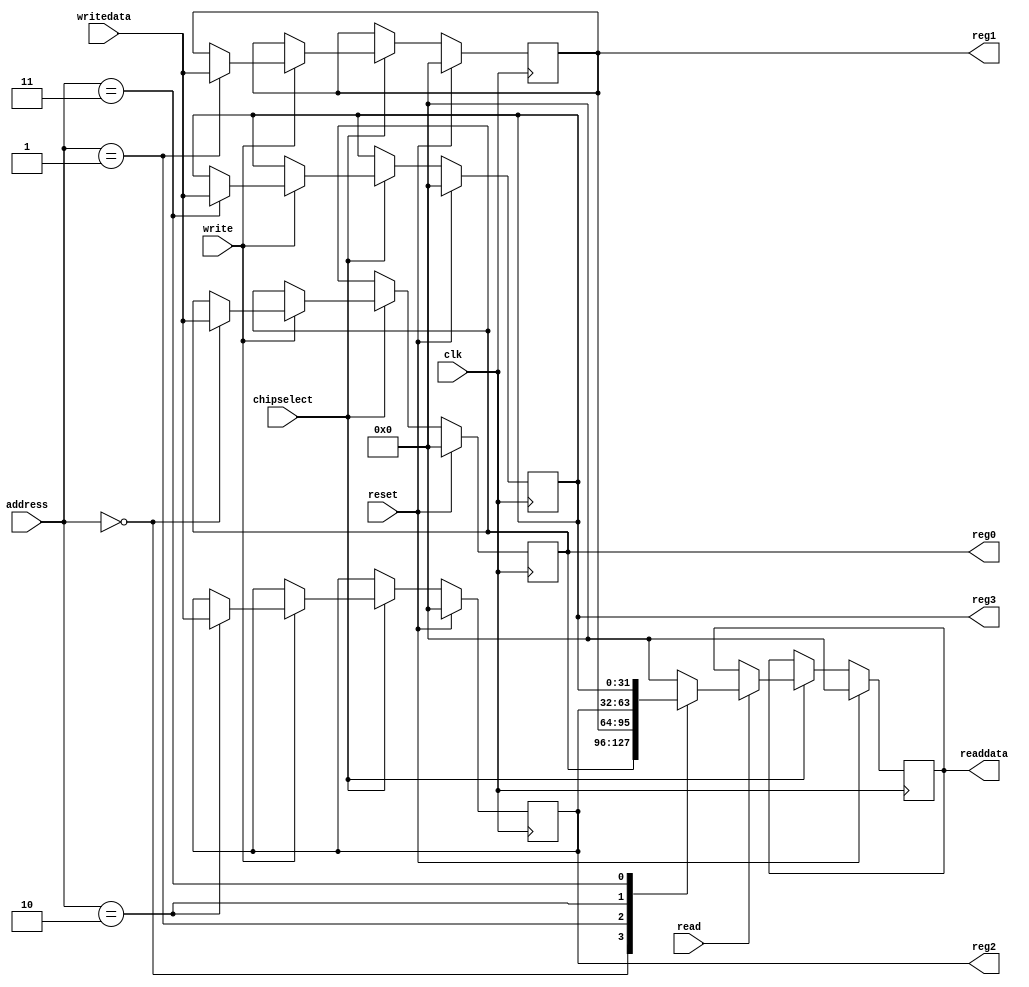
/* PROYECTO CHS 2022/2023
 * Avalon MM-slave interface de la IP de vdeo
 * 
 * Implementacin a partir de los recursos de Intel/Altera:
 * 
 * "Avalon Interface Specifications. Ch.3: Avalon Memory-Mapped Interfaces", Altera Corp, document ver. 1.2, april 2009
*/


module avalon_mm_slave_interface (
    
    // interfaces bsicos de conexin con Avalon
    
    input wire reset,  // reset
    input wire clk,  // reloj
    
    input wire chipselect,  // chip select
    input wire [2:0] address,  // direccin de acceso a registros
    
    input wire write,  // bit indicacin de escritura
    input wire [31:0] writedata,  // datos de escritura: 32 bits
    
    input wire read,  // bit indicacin de lectura
    output reg [31:0] readdata,  // datos de lectura: 32 bits
    
    // No necesitamos ms seales
    
    // interfaces con nuestra lgica
    
    output reg [31:0] reg3, reg2, reg1, reg0  // registros de lectura y escritura, control, de 32 bits
    // Por ahora todos los registros son de lectura y escritura.
);



// Inicializar registros
initial
begin
    reg0 = 32'd0;
    reg1 = 32'd0;
    reg2 = 32'd0;
    reg3 = 32'd0;
    readdata = 32'd0;
end


always @(posedge clk)
begin
    if (reset)  // Si hay un reset: borrar todos los registros
    begin
        reg0 <= 32'd0;
        reg1 <= 32'd0;
        reg2 <= 32'd0;
        reg3 <= 32'd0;
        readdata <= 32'd0;
    end
    
    else
    begin
        if (chipselect)  // Si se selecciona el perifrico
        begin
            if (write)  // Si la seal del master es de escritura
            begin
                case (address)  // En qu direccin escribir
                    3'd0: reg0 <= writedata;
                    3'd1: reg1 <= writedata;
                    3'd2: reg2 <= writedata;
                    3'd3: reg3 <= writedata;
                endcase
            end
            
            if (read)  // Si la seal es de lectura
            begin
                case (address)
                    3'd0: readdata <= reg0;
                    3'd1: readdata <= reg1;
                    3'd2: readdata <= reg2;
                    3'd3: readdata <= reg3;
                    default: readdata <= 32'd0;
                endcase
            end
        end
    end
end

endmodule